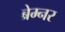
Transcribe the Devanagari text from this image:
ब्रेम्नर